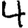
Digit: 4